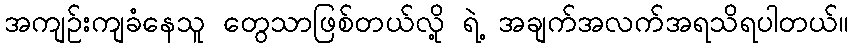
အကျဉ်းကျခံနေသူ တွေသာဖြစ်တယ်လို့ ရဲ့ အချက်အလက်အရသိရပါတယ်။